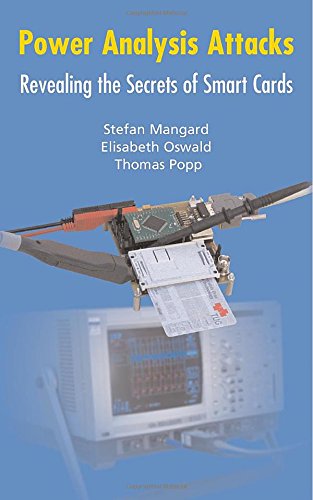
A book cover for Power Analysis Attacks: Revealing the Secrets of Smart Cards (Advances in Information Security); Stefan Mangard; Computers & Technology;